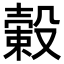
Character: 𣚯